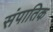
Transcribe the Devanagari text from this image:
संपातिक